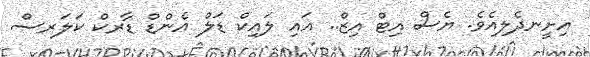
އިށީނދެލިއެވެ. ޔެސް އިޓް އިޒް.. އައި ލައިކް ޑަލް އެންޑް ޑާރކް ކަލަރސް